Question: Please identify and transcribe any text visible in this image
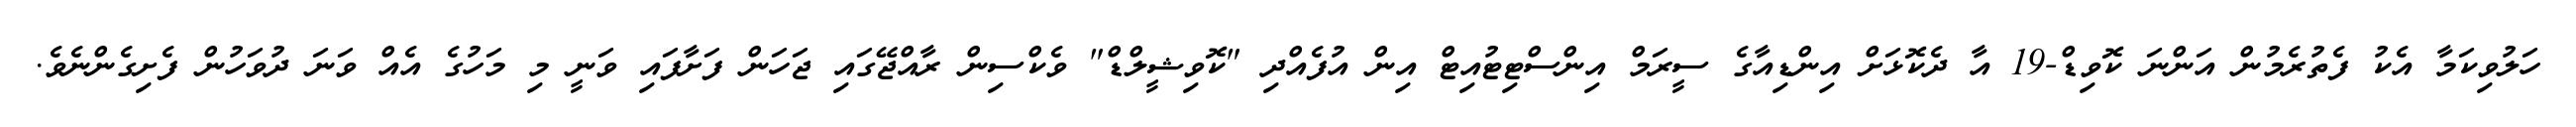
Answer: ހަލުވިކަމާ އެކު ފެތުރެމުން އަންނަ ކޮވިޑް-19 އާ ދެކޮޅަށް އިންޑިއާގެ ސީރަމް އިންސްޓިޓުއިޓް އިން އުފެއްދި "ކޮވިޝީލްޑް" ވެކްސިން ރާއްޖޭގައި ޖަހަން ފަށާފައި ވަނީ މި މަހުގެ އެއް ވަނަ ދުވަހުން ފެށިގެންނެވެ.